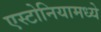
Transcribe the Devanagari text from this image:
एस्टोनियामध्ये